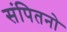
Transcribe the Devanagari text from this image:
संपितनो